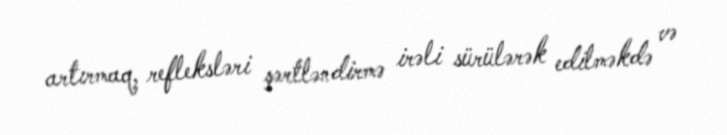
artırmaq, refleksləri şərtləndirmə irəli sürülərək edilməkdə və